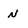
Character: N